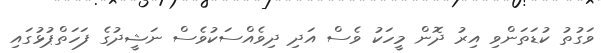
ވަގުތު ކުޑަތަންވި އިރު ދޮން މީހަކު ވެސް އަދި ދިވެއްސަކުވެސް ނަޝީދުގެ ފަހަތްޕުޅުގައި